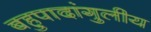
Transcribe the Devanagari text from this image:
बहुपादांगुलीय